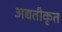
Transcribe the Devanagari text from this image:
अद्यतीकृत